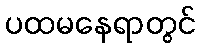
ပထမနေရာတွင်